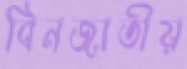
বিনজাতীয়